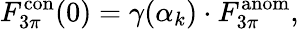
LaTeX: F_{3\pi}^{\mathrm{con}}(0)=\gamma(\alpha_{k})\cdot F_{3\pi}^{\mathrm{anom}},